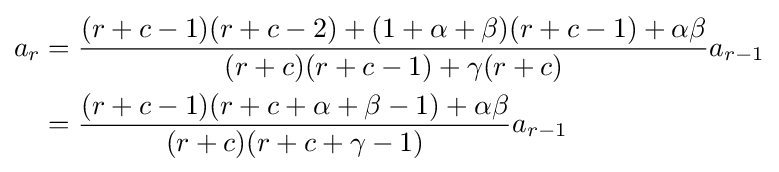
{\begin{aligned}a_{r}&={\frac {(r+c-1)(r+c-2)+(1+\alpha +\beta )(r+c-1)+\alpha \beta }{(r+c)(r+c-1)+\gamma (r+c)}}a_{r-1}\\&={\frac {(r+c-1)(r+c+\alpha +\beta -1)+\alpha \beta }{(r+c)(r+c+\gamma -1)}}a_{r-1}\end{aligned}}